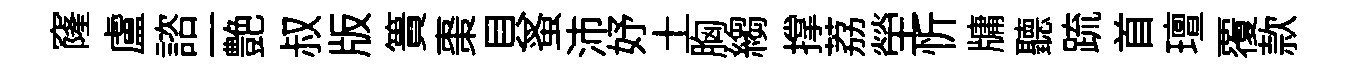
窿盧諮一艶叔版簣棗貝蚤沛妤土胸縐撑荔塋忻牗聽䟽首璮覆款